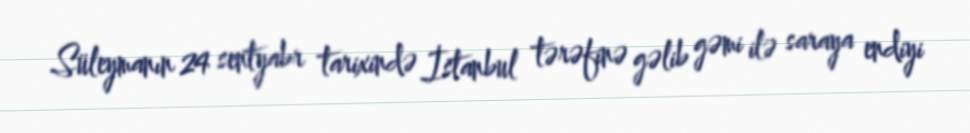
Süleymanın 24 sentyabr tarixində İstanbul tərəfinə gəlib gəmi ilə saraya endiyi